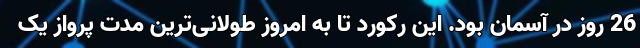
26 روز در آسمان بود. این رکورد تا به امروز طولانی‌ترین مدت پرواز یک